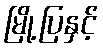
မြို့ပြနှင့်